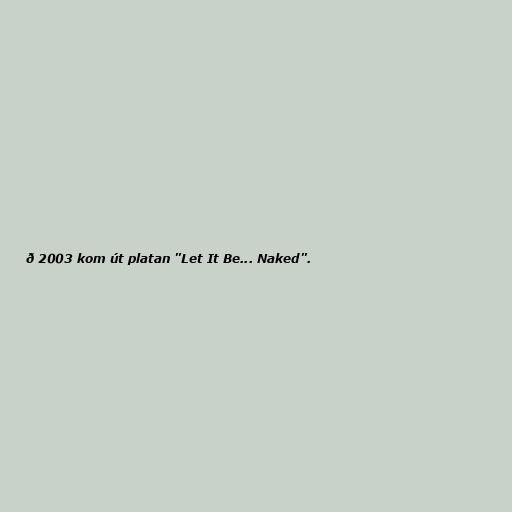
ð 2003 kom út platan "Let It Be... Naked".